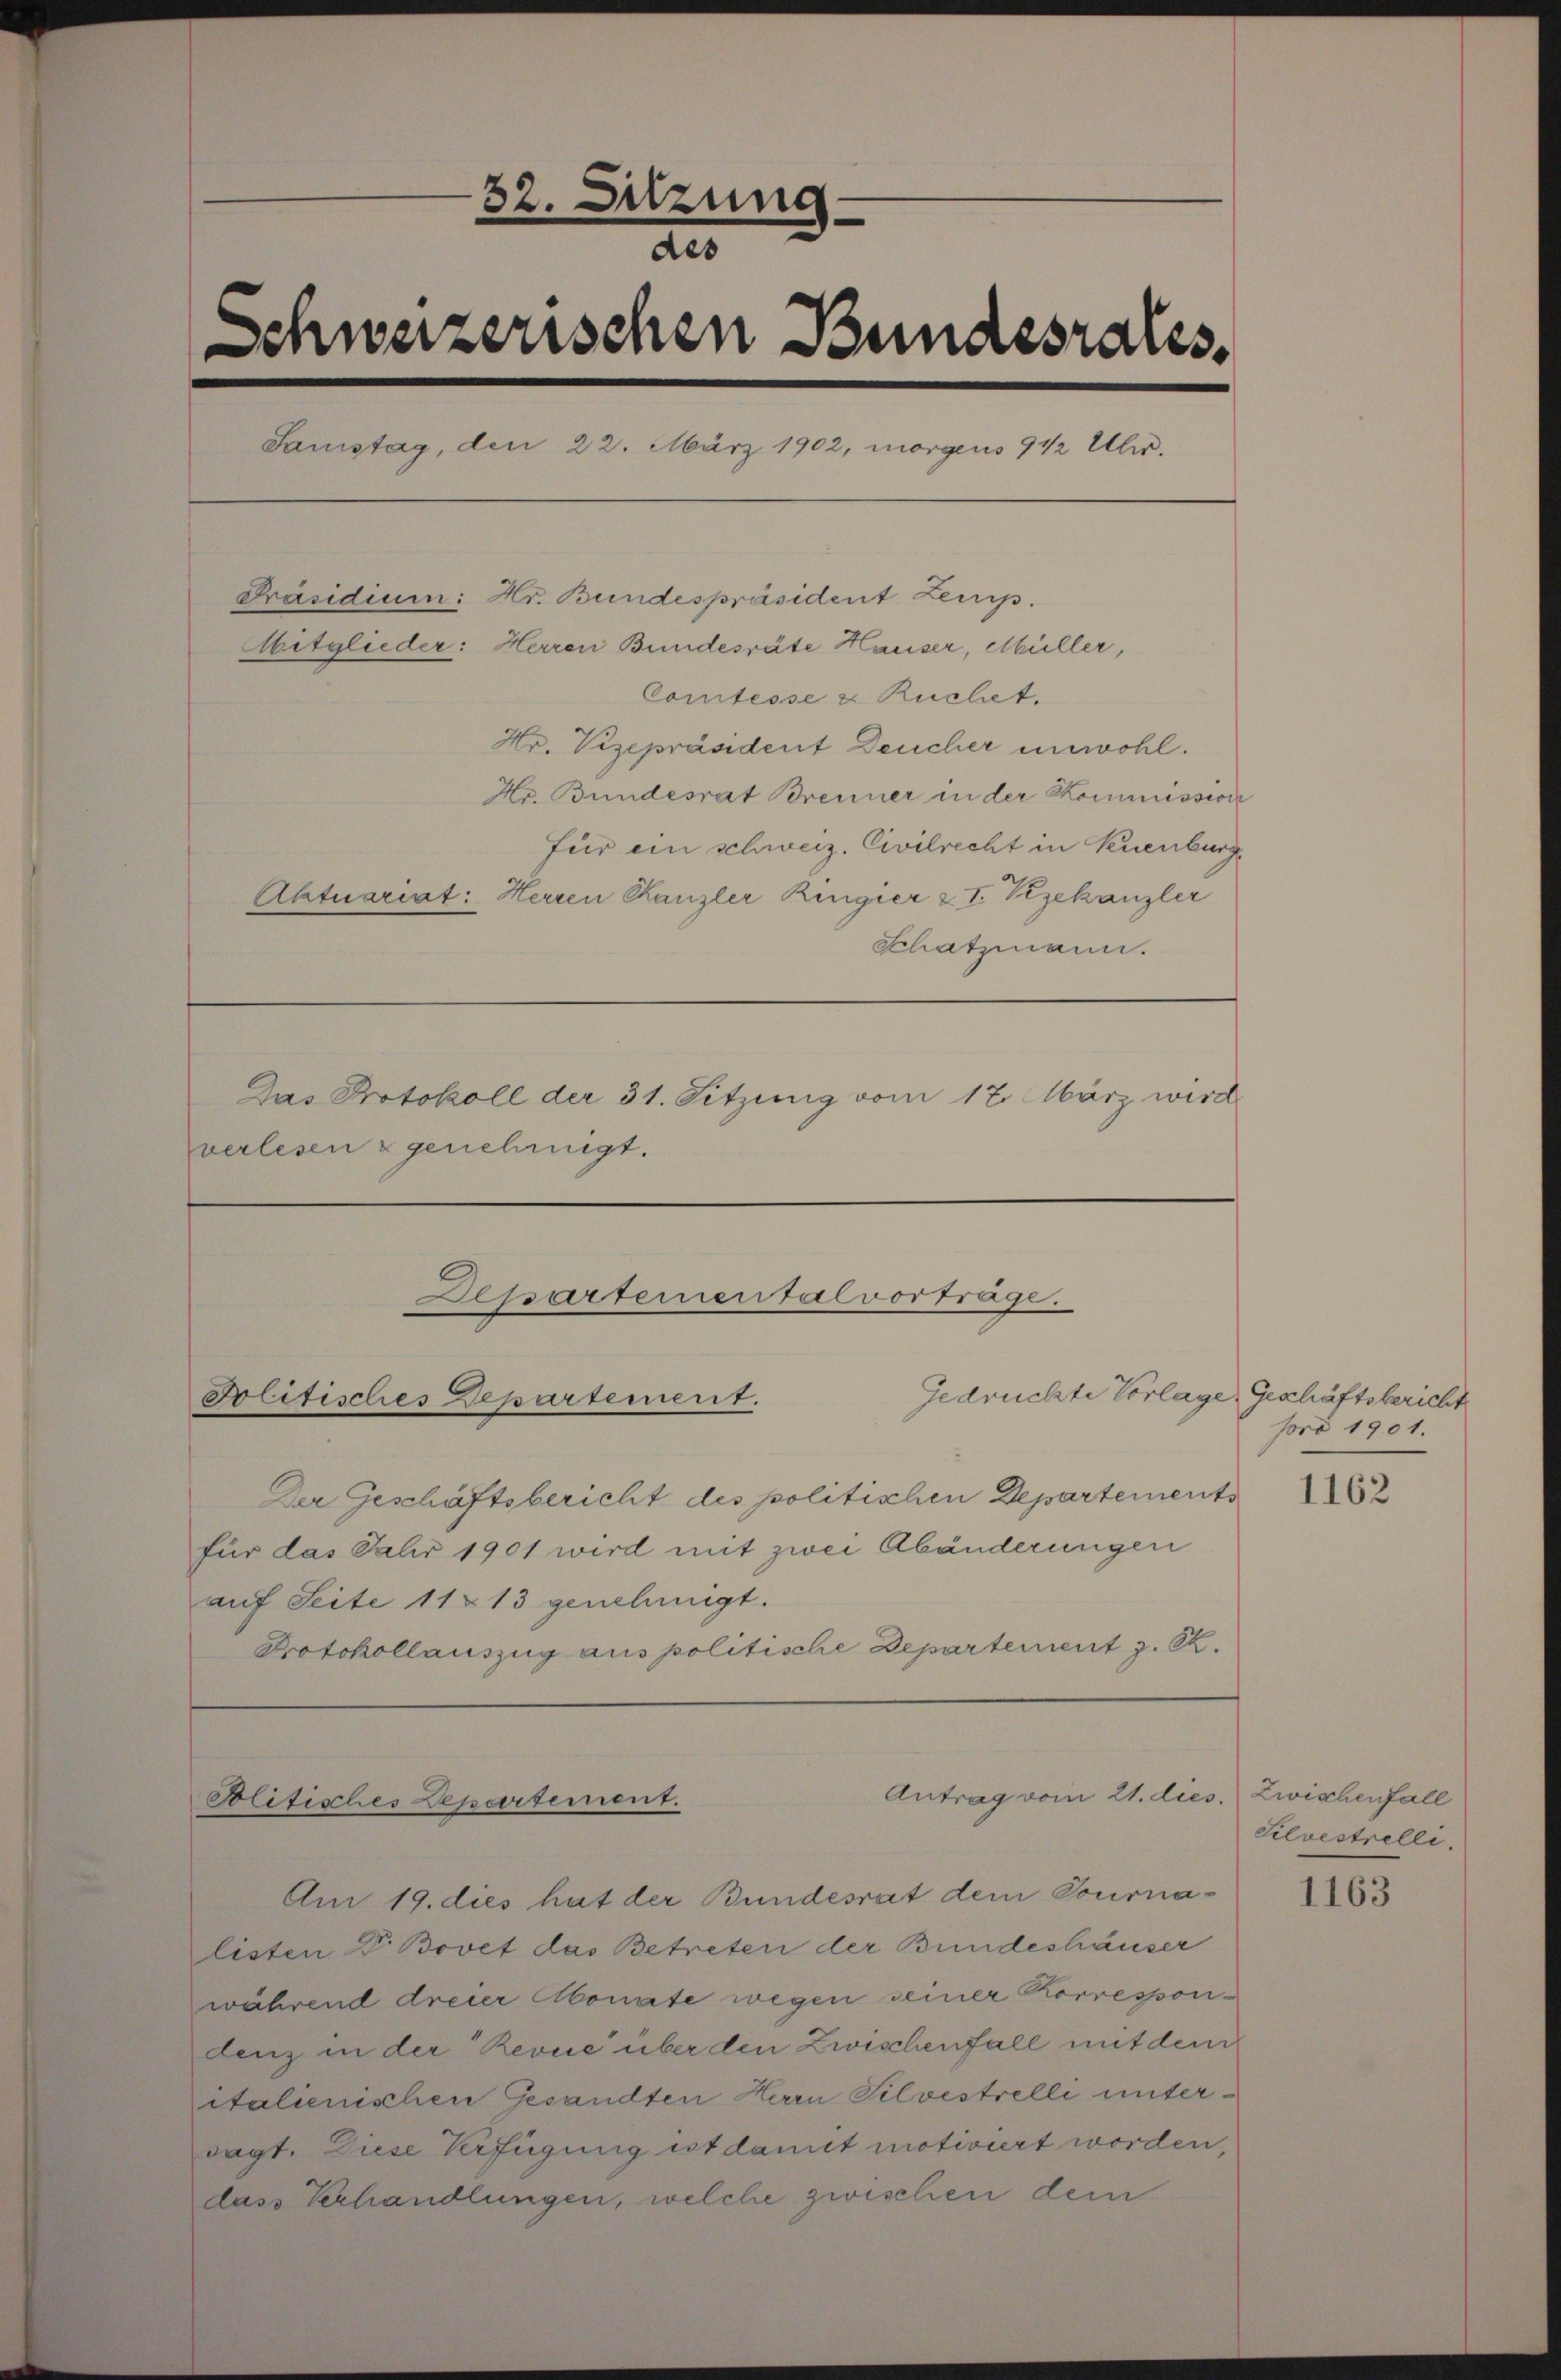
32. Sitzung
des
Schweizerischen Bundesrates.
Samstag, den 22. März 1902, morgens 9 1/2 Uhr.
Präsidium: Hr. Bundespräsident Zensp.
Abitglieder: Herren Bundesräte Hauser, Müller,
Comtesse & Ruchet.
Hr. Vizepräsident Deucher unwohl.
Hr. Bundesrat Brenner in der Kommission
für ein schweiz. Civilrecht in Neuenburg
Aktuariat: Herren Kanzler Ringier z I. Vizekanzler
Schatzmann.
Das Protokoll der 31. Sitzung vom 17. März wird
verlesen & genehmigt.

Departemental vorträge.
Der Geschäftsbericht des politischen Departements

Blitisches Departement.

für das Jahr 1901 wird mit zwei Abänderungen
auf Seite 11 § 13 genehmigt.
Protokollauszug aus politische Departement z. B.

Gedrückte Vorlage, Geschäftsbericht

Antrag vom 21. dies
Politisches Departement.

Am 19. dies hat der Bundesrat dem Tournalisten Dr. Bovet das Betreten der Bundeshäuser
während dreier Monate wegen seiner Korrespondenz in der Revue über den Zwischenfall mit dem
italienischen Gesandten Herrn Silvestrelli untersagt. Diese Verfügung ist damit motiviert worden,
dass Verhandlungen, welche zwischen dem

pro 1901.

1162

Zwischenfall
Silvestrelle.

1163